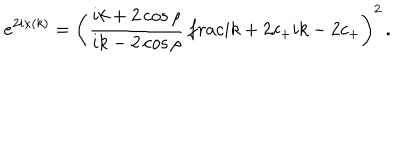
e ^ { 2 i \kappa ( k ) } = \left( \frac { i k + 2 \cos \rho } { i k - 2 \cos \rho } \, \frac { i k + 2 c _ { + } } { i k - 2 c _ { + } } \right) ^ { 2 } \, .